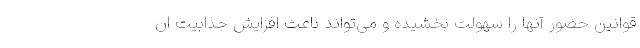
قوانین حضور آنها را سهولت بخشیده و می‌تواند باعث افزایش جذابیت ان